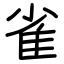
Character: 雀